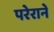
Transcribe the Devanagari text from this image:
परेराने